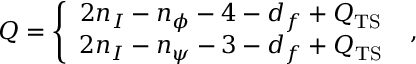
Q = \left\{ \begin{array} { c } { { 2 n _ { I } - n _ { \phi } - 4 - d _ { f } + Q _ { \mathrm { T S } } } } \\ { { 2 n _ { I } - n _ { \psi } - 3 - d _ { f } + Q _ { \mathrm { T S } } } } \end{array} \right. \ ,